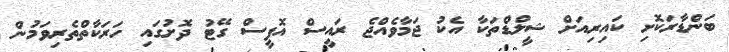
ބަންޑާރަކޮށި ކައިރިއަށް ޝީލްޑްތަކާ އެކު ޖަމާވެއްޖެ ރައީސް އޮފީސް ގޭޓު ދޮށުގައި ހަރަކާތްތެރިވަމުން